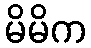
မိမိက